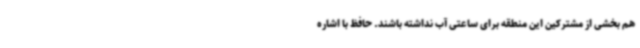
هم بخشی از مشترکین این منطقه برای ساعتی آب نداشته باشند. حافظ با اشاره